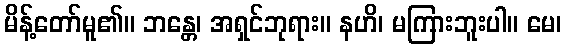
မိန့်တော်မူ၏။ ဘန္တေ၊ အရှင်ဘုရား။ နဟိ၊ မကြားဘူးပါ။ မေ၊